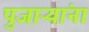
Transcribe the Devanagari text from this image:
पुजाऱ्यांना